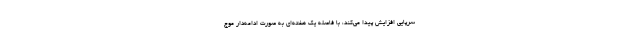
سرپایی افزایش پیدا می‌کند، با فاصله یک هفته‌ای به صورت ادامه‌دار موج